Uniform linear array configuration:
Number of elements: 4
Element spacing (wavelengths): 1
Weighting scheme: hann
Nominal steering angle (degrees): -15
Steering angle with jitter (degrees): -15.66
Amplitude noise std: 0.05
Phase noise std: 0.05

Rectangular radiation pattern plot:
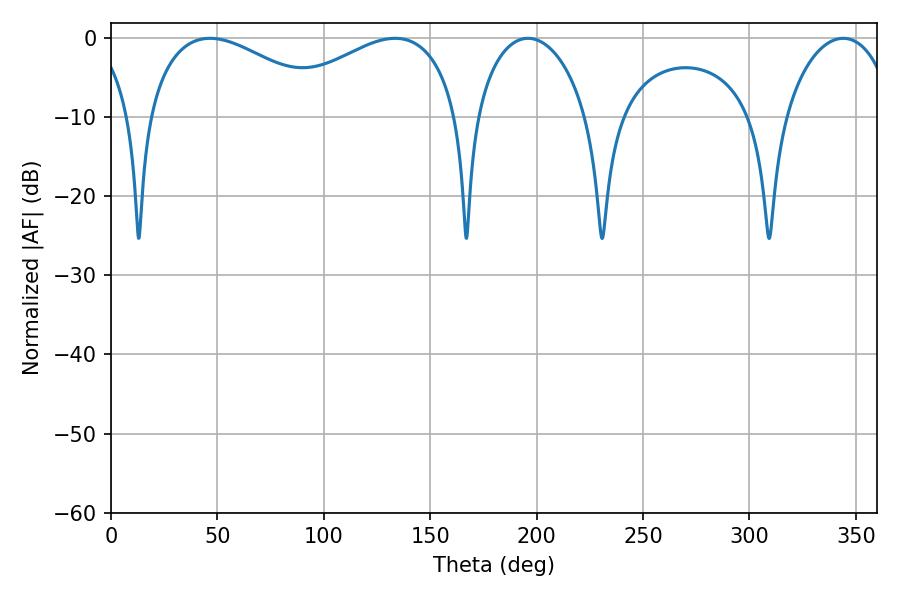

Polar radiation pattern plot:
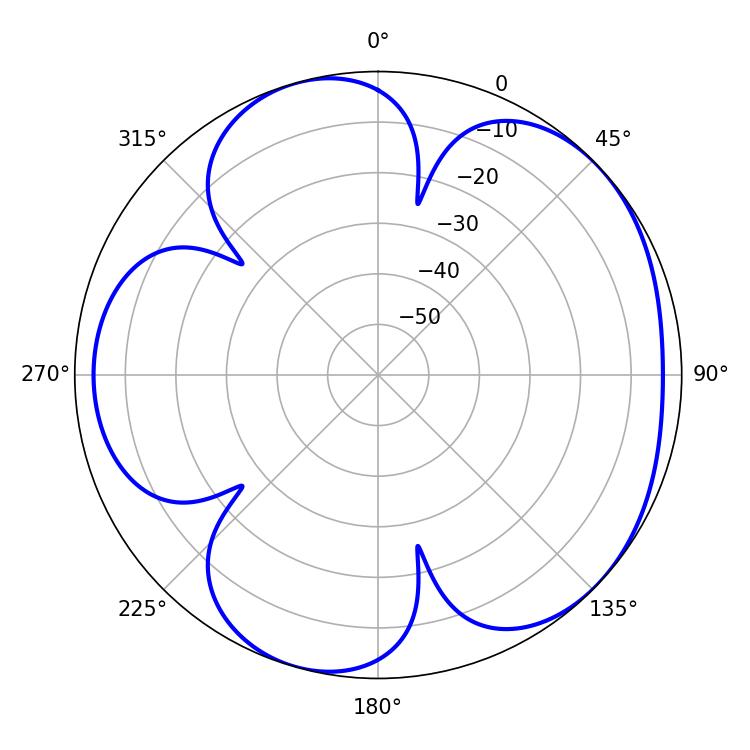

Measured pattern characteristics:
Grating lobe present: TRUE
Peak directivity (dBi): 4.832
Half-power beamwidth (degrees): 48.78
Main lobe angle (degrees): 46.44